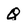
Character: q